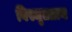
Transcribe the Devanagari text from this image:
विस्मृतप्राय